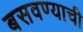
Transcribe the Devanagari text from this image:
बसवण्याची